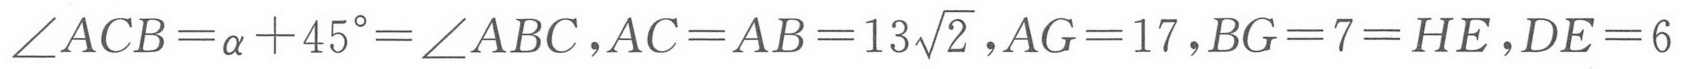
\(\angle ACB=\alpha +45^{\circ}=\angle ABC ,AC=AB = 13\sqrt{2} ,AG = 17 ,BG = 7=HE ,DE = 6\)